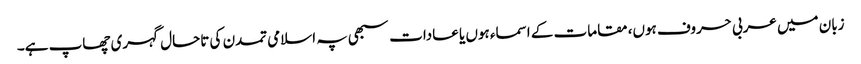
زبان میں عربی حروف ہوں، مقامات کے اسماء ہوں یا عادات سبھی پہ اسلامی تمدن کی تاحال گہری چھاپ ہے۔